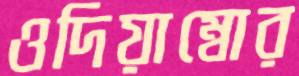
ওদিয়াম্বোর